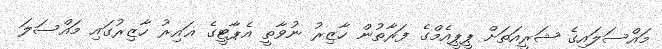
މައްސަލައިގެ ޝަރީއަތަށް ޕީޕީއެމްގެ ފަރާތުން ހާޒިރު ނުވާތީ އެޕާޓީގެ ޣައިރު ހާޒިރުގައި މައްސަލަ